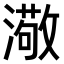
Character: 𤀂